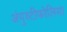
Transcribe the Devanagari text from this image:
अंगुस्टीफोलिया